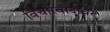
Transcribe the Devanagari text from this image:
विचारवादावर